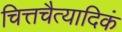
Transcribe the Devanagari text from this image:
चित्तचैत्यादिकं